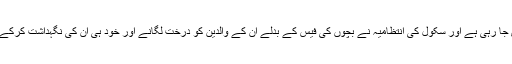
اس سکول میں بچوں کو انگریزی میں تعلیم دی جا رہی ہے اور سکول کی انتظامیہ نے بچوں کی فیس کے بدلے ان کے والدین کو درخت لگانے اور خود ہی ان کی نگہداشت کرکے پروان چڑھانے کی ذمہ داری سونپی گئی ہے۔